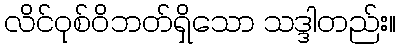
လိင်ဝုစ်ဝိဘတ်ရှိသော သဒ္ဒါတည်း။